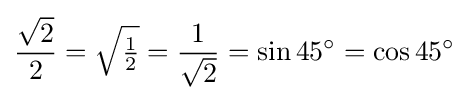
{\frac {\sqrt {2}}{2}}={\sqrt {\tfrac {1}{2}}}={\frac {1}{\sqrt {2}}}=\sin 45^{\circ }=\cos 45^{\circ }